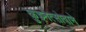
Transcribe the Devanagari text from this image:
कुझ्नेत्सोवाने